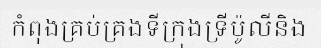
កំពុងគ្រប់គ្រងទីក្រុងទ្រីប៉ូលីនិង